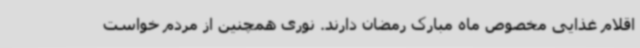
اقلام غذایی مخصوص ماه مبارک رمضان دارند. نوری همچنین از مردم خواست